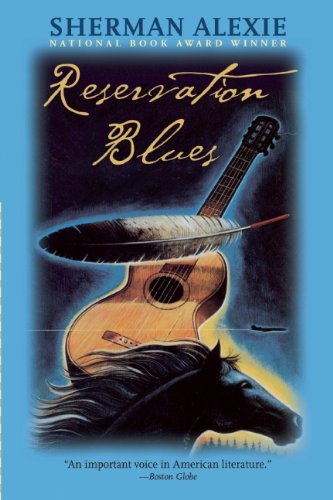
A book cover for Reservation Blues; Sherman Alexie; Literature & Fiction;